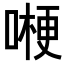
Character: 𠼰